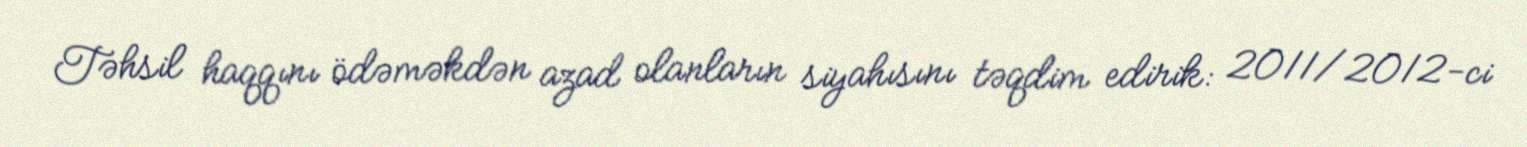
Təhsil haqqını ödəməkdən azad olanların siyahısını təqdim edirik: 2011/2012-ci